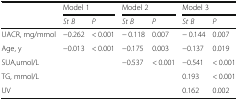
|  | <COLSPAN=2> Model 1 | <COLSPAN=2> Model 2 | <COLSPAN=2> Model 3 |
 |  | St B | P | St B | P | St B | P |
 | --- | --- | --- | --- | --- | --- | --- |
 | UACR, mg/mmol | −0.262 | < 0.001 | − 0.118 | 0.007 | − 0.144 | 0.007 |
 | Age, y | −0.013 | < 0.001 | −0.175 | 0.003 | −0.137 | 0.019 |
 | SUA,umol/L |  |  | −0.537 | < 0.001 | −0.541 | < 0.001 |
 | TG, mmol/L |  |  |  |  | 0.193 | < 0.001 |
 | UV |  |  |  |  | 0.162 | 0.002 |